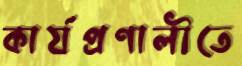
কার্যপ্রণালীতে